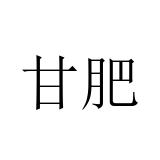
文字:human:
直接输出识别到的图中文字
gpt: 甘肥